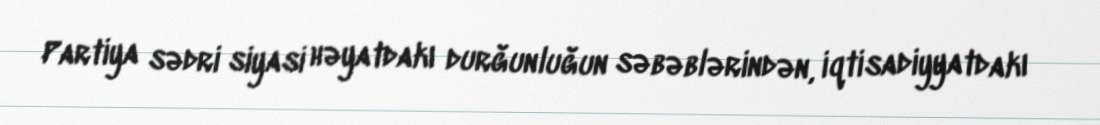
Partiya sədri siyasi həyatdakı durğunluğun səbəblərindən, iqtisadiyyatdakı